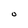
Character: O